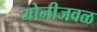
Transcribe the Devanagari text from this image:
योनीजवळ